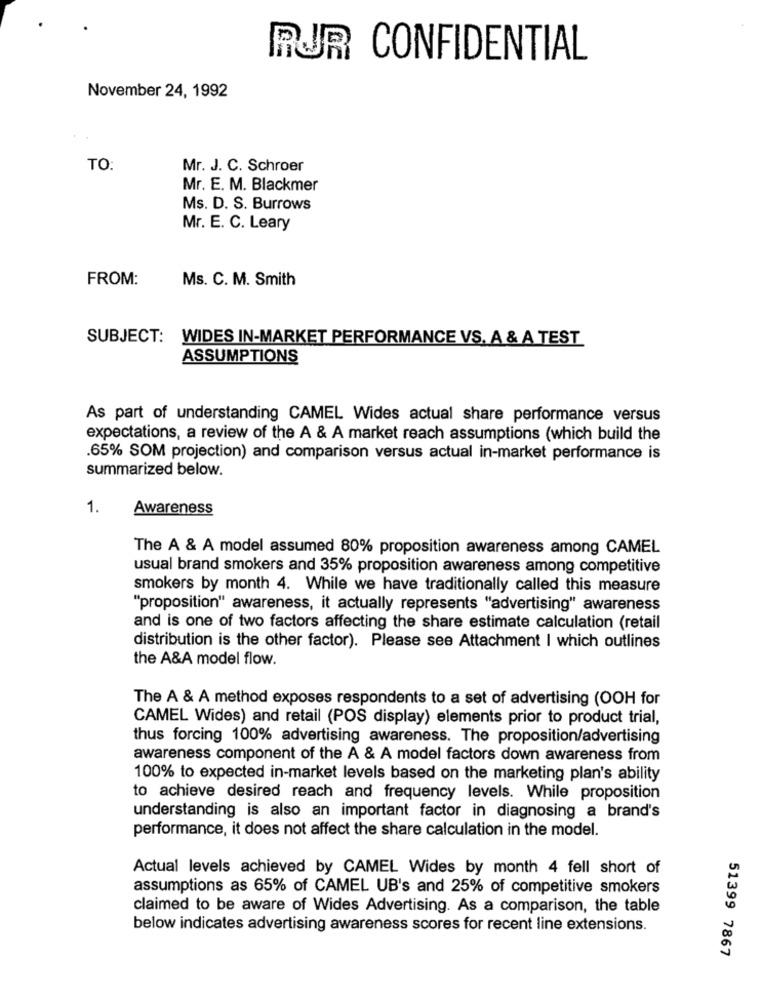
RUR CONFIDENTIAL
November 24, 1992
TO:
Mr. J. C. Schroer
Mr. E. M. Blackmer
Ms. D. S. Burrows
Mr. E. C. Leary
FROM:
Ms. C. M. Smith
SUBJECT: WIDES IN-MARKET PERFORMANCE VS. A & A TEST
ASSUMPTIONS
As part of understanding CAMEL Wides actual share performance versus
expectations, a review of the A & A market reach assumptions (which build the
.65% SOM projection) and comparison versus actual in-market performance is
summarized below.
1.
Awareness
The A & A model assumed 80% proposition awareness among CAMEL
usual brand smokers and 35% proposition awareness among competitive
smokers by month 4. While we have traditionally called this measure
"proposition" awareness, it actually represents "advertising" awareness
and is one of two factors affecting the share estimate calculation (retail
distribution is the other factor). Please see Attachment I which outlines
the A&A model flow.
The A & A method exposes respondents to a set of advertising (OOH for
CAMEL Wides) and retail (POS display) elements prior to product trial,
thus forcing 100% advertising awareness. The proposition/advertising
awareness component of the A & A model factors down awareness from
100% to expected in-market levels based on the marketing plan's ability
to achieve desired reach and frequency levels. While proposition
understanding is also an important factor in diagnosing a brand's
performance, it does not affect the share calculation in the model.
Actual levels achieved by CAMEL Wides by month 4 fell short of
assumptions as 65% of CAMEL UB's and 25% of competitive smokers
claimed to be aware of Wides Advertising. As a comparison, the table
below indicates advertising awareness scores for recent line extensions.
51399 7867